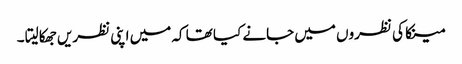
مینکا کی نظروں میں جانے کیا تھا کہ میں اپنی نظریں جھکا لیتا ۔